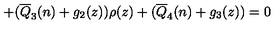
+ ( \overline { { Q } } _ { 3 } ( n ) + g _ { 2 } ( z ) ) \rho ( z ) + ( \overline { { Q } } _ { 4 } ( n ) + g _ { 3 } ( z ) ) = 0